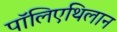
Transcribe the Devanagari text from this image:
पॉलिएथिलान